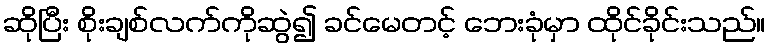
ဆိုပြီး စိုးချစ်လက်ကိုဆွဲ၍ ခင်မေတင့် ဘေးခုံမှာ ထိုင်ခိုင်းသည်။